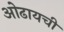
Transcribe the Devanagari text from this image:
ओढायची